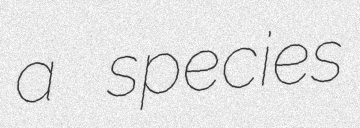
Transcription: a species